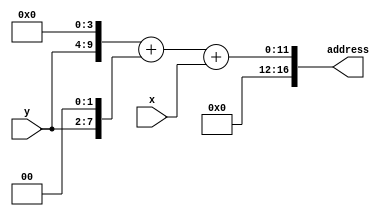
module sprite_address_translator(x, y, address);
	parameter TYPE = "PLAYER";
	
	input[6:0] x;
	input[5:0] y;
	output reg[16:0] address;
	
	wire[16:0] res_55x35 = {1'b0, y, 5'd0} + {1'b0, y, 4'd0} + {1'b0, y, 2'd0} + {1'b0, y, 1'd0} + {1'b0, y} + {1'b0, x};
	wire[16:0] res_20x35 = {1'b0, y, 4'd0} + {1'b0, y, 2'd0} + {1'b0, x};
	wire[16:0] res_31x65 = {1'b0, y, 4'd0} + {1'b0, y, 3'd0} + {1'b0, y, 2'd0} + {1'b0, y, 1'd0} + {1'b0, y} + {1'b0, x};
	
	
	always @(*)
		begin
			if (TYPE == "PLAYER") begin
				address <= res_20x35;
			end
			else if (TYPE == "RED_ENEMY") begin
				address <= res_55x35;
			end
			else if (TYPE == "PURPLE_ENEMY") begin
				address <= res_31x65;
			end
		end
	
endmodule